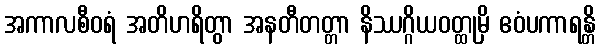
အကာလစီဝရံ အတိဟရိတွာ အနတီတတ္တာ နိဿဂ္ဂိယဝတ္ထုမှိ ဧဝံပကာရန္တိ